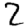
Digit: 2